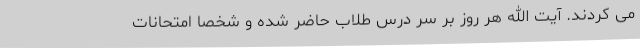
می کردند. آیت الله هر روز بر سر درس طلاب حاضر شده و شخصا امتحانات